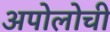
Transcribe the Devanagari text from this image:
अपोलोची